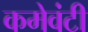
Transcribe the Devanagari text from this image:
कमेवंटी